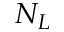
N _ { L }